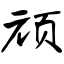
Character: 顽